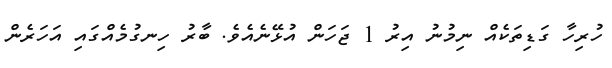
ހުރިހާ ގަޑިތަކެއް ނިމުނު އިރު 1 ޖަހަން އުޅޭނެއެވެ. ބާރު ހިނގުމެއްގައި އަހަރެން